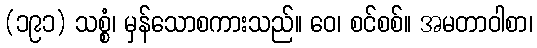
(၁၉၁) သစ္စံ၊ မှန်သောစကားသည်။ ဝေ၊ စင်စစ်။ အမတာဝါစာ၊